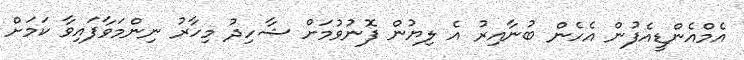
އެމްއެންޑީއެފުން އެހެން ބުނާއިރު އެ ލިޔުން ފޮނުވުމަށް ޝާހިދު މިހާރު ނިންމަވާފައިވާ ކަމަށް